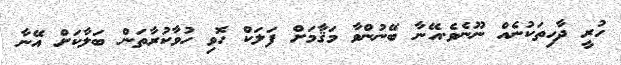
ހުރީ ދާހިތަކުނެއް ނޫނެވެ.އޭނާ ބޭނުންވާ މަޤާމަށް ފަލަކް ހޮވި ހުވާކުރާތަން ބަލާކަށް އޭނާ